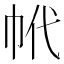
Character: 𢂌